Annual report on the Civil Veterinary Department, Burma (including the Insein Veterinary School) - 1923-1931
Year: 1923
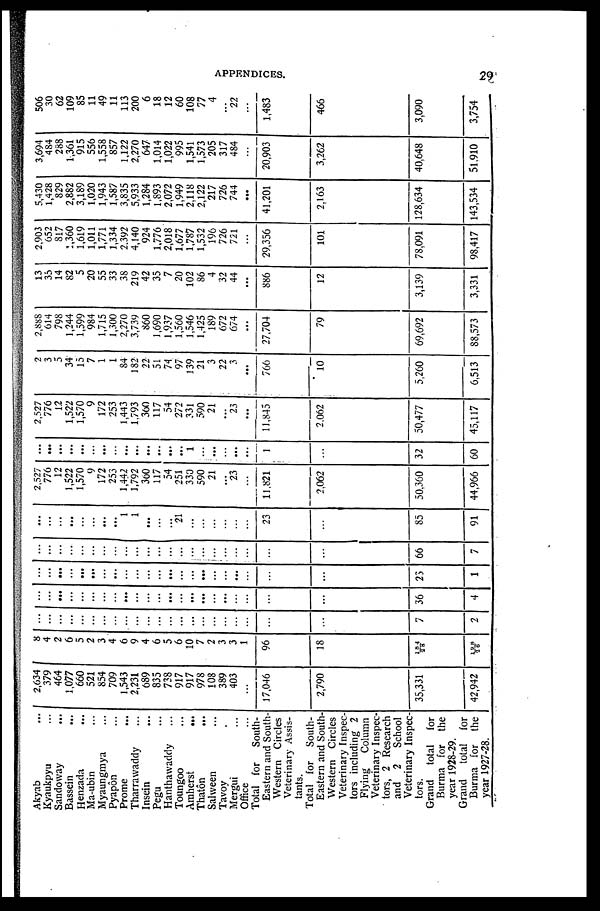
APPENDICES.
29
Akyab ...
Kyaukpyu ...
Sandoway ...
Bassein ...
Henzada ...
Ma-ubin ...
Myaungmya ...
Pyapôn ...
Prome
...
Tharrawaddy ...
Insein ...
Pegu ...
Hanthawaddy ...
Toungoo ...
Amherst
...
Thatôn ...
Salween ...
Tavoy ...
Mergui ...
Office ...
Total for
South-
Eastern and South-
western Circles
Veterinary Assis-
tants.
Total for South-
Eastern and South-
Western Circles
Veterinary Inspec-
tors including 2
Flying
Column
Veterinary Inspec-
tors, 2 Research
and 2 School
Veterinary Inspec-
tors.
Grand
total
for
Burma for the
year 1928-29.
Grand
total for
Burma for the
year 1927-28.
2,634
379
464
1,077
660
521
854
709
1,543
2,231
689
835
738
917
917
978
108
389
403
...
17,046
2,790
35,331
42,942
8
4
2
6
5
2
3
4
6
9
4
6
5
6
10
7
2
3
3
1
96
18
184
28
198
26
...
...
...
...
...
...
...
...
...
...
...
...
...
...
...
...
...
...
...
...
...
...
7
2
...
...
...
...
...
...
...
...
...
...
...
...
...
...
...
...
...
...
...
...
...
...
36
4
...
...
...
...
...
...
...
...
...
...
...
...
...
...
...
...
...
...
...
...
...
...
23
1
...
...
...
...
...
...
...
...
...
...
...
...
...
...
...
...
...
...
...
...
...
...
66
7
...
...
...
...
...
...
...
...
1
1
...
...
...
21
...
...
...
...
...
...
23
...
85
91
2,527
776
12
1,522
1,570
9
172
253
1,442
1,792
300
117
54
251
330
590
21
...
"23
...
11,821
2,062
50,360
44,966
...
...
...
...
...
...
...
...
...
...
...
...
...
...
1
...
...
...
...
...
1
...
32
60
2,527
776
12
1,522
1,570
9
172
253
1,443
1,793
360
117
54
272
331
590
21
...
23
...
11,845
2,062
50,477
45,117
2
3
5
34
15
7
1
1
84
182
22
51
74
97
139
21
3
22
3
...
766
10
5,260
6,513
2,888
614
798
1,244
1,599
984
1,715
1,300
2,270
3,739
860
1,690
1,937
1,560
1,546
1,425
189
672
674
...
27,704
79
69,692
88,573
13
35
14
82
5
20
55
33
38
219
42
35
7
20
102
86
4
32
44
...
886
12
3,139
3,331
2,903
652
817
1,360
1,619
1,011
1,771
1,334
2,392
4,140
924
1,776
2,018
1,677
1,787
1,532
196
726
721
...
29,356
101
78,091
98,417
5,430
1,428
829
2,882
3,189
1,020
1,943
1,587
3,835
5,933
1,284
1,893
2,072
1,949
2,118
2,122
217
726
744
...
41,201
2,163
128,634
143,534
3,694
484
288
1,361
915
556
1,558
857
1,122
2,270
647
1,014
1,022
995
1,541
1,573
205
317
484
...
20,903
3,262
40,648
51,910
506
30
62
109
85
11
49
11
113
200
6
18
12
60
108
77
4
...
22
...
1,483
466
3,090
3,754